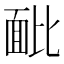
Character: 䩃